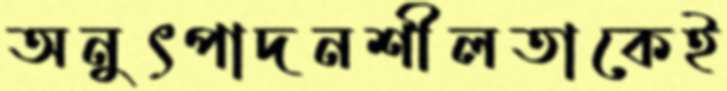
অনুৎপাদনশীলতাকেই